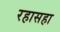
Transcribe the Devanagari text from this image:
रहासहा